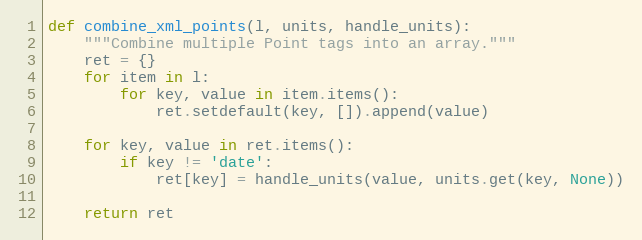
Language: Python
def combine_xml_points(l, units, handle_units):
    """Combine multiple Point tags into an array."""
    ret = {}
    for item in l:
        for key, value in item.items():
            ret.setdefault(key, []).append(value)

    for key, value in ret.items():
        if key != 'date':
            ret[key] = handle_units(value, units.get(key, None))

    return ret